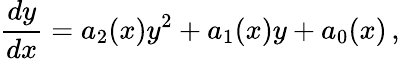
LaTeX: \frac{dy}{dx}=a_{2}(x)y^{2}+a_{1}(x)y+a_{0}(x)\, ,